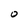
Character: O